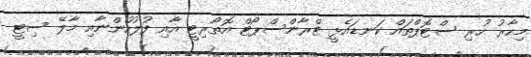
މިހާރު ހުރި ސްޓޮޕްތައް ކަނޑައެޅީ ޓްރާންސްޕޯޓް އޮތޯރިޓީ އާއި ފުލުހުންނާއި މާލޭ ސިޓީ